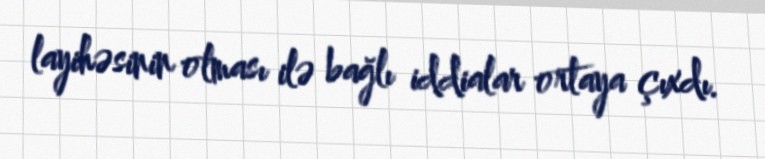
layihəsinin olması ilə bağlı iddialar ortaya çıxdı.